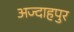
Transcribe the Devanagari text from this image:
अज्दाहपुर